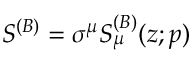
S ^ { ( B ) } = \sigma ^ { \mu } S _ { \mu } ^ { ( B ) } ( z ; p )